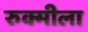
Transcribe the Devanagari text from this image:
रुक्मीला